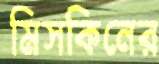
মিসকিনের